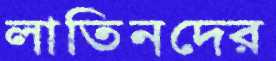
লাতিনদের